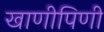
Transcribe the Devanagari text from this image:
खाणीपिणी